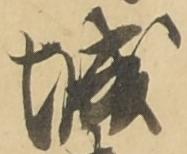
城